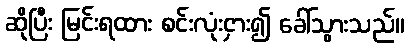
ဆိုပြီး မြင်းရထား စင်းလုံးငှား၍ ခေါ်သွားသည်။